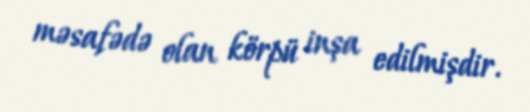
məsafədə olan körpü inşa edilmişdir.